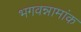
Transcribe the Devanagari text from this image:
भगवन्नामांक